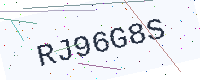
Text: RJ96G8S